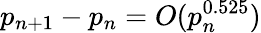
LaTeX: p_{n+1}-p_{n}=O(p_{n}^{0.525})